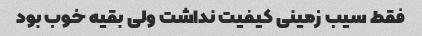
فقط سیب زمینی کیفیت نداشت ولی بقیه خوب بود